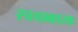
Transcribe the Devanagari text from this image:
स्चच्छकारक